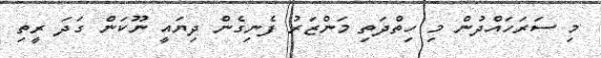
މި ސަރަހައްދުން މި ހިތްދަތި މަންޒަރު ފެނިގެން ދިޔައީ ނޫކަން ގަދަ ރީތި